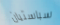
سباستيان